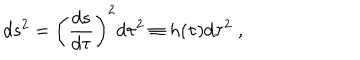
d s ^ { 2 } = \left( \frac { d s } { d \tau } \right) ^ { 2 } d \tau ^ { 2 } \equiv h ( \tau ) d \tau ^ { 2 } \; ,